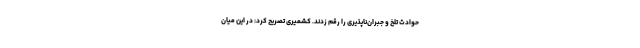
حوادث تلخ و جبران‌ناپذیری را رقم زدند. کشمیری تصریح کرد: در این میان